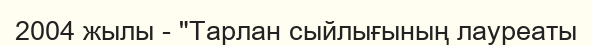
2004 жылы - "Тарлан сыйлығының лауреаты